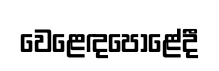
වෙළෙඳපොළේදී